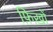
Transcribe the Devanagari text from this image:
फ़िख़ों